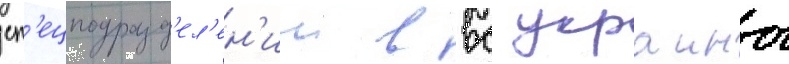
сп'ецподразд'ел'ен'ии в вс украины